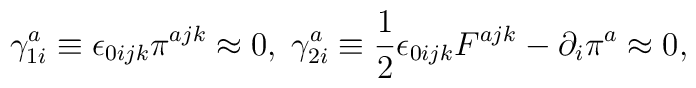
\gamma _{1i}^{a}\equiv \epsilon _{0ijk}\pi ^{ajk}\approx 0,\;\gamma_{2i}^{a}\equiv \frac{1}{2}\epsilon _{0ijk}F^{ajk}-\partial _{i}\pi^{a}\approx 0,